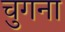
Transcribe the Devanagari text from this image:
चुगना